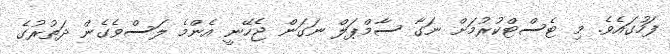
ފަހުގައެވެ. މި ޓެސްޓްކުރުމަށް ނަގާ ސާމްޕަލް ނަގަން ޖެހޭނީ އެންމެ ލަސްވެގެން ދަތުރުގެ